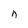
Character: n